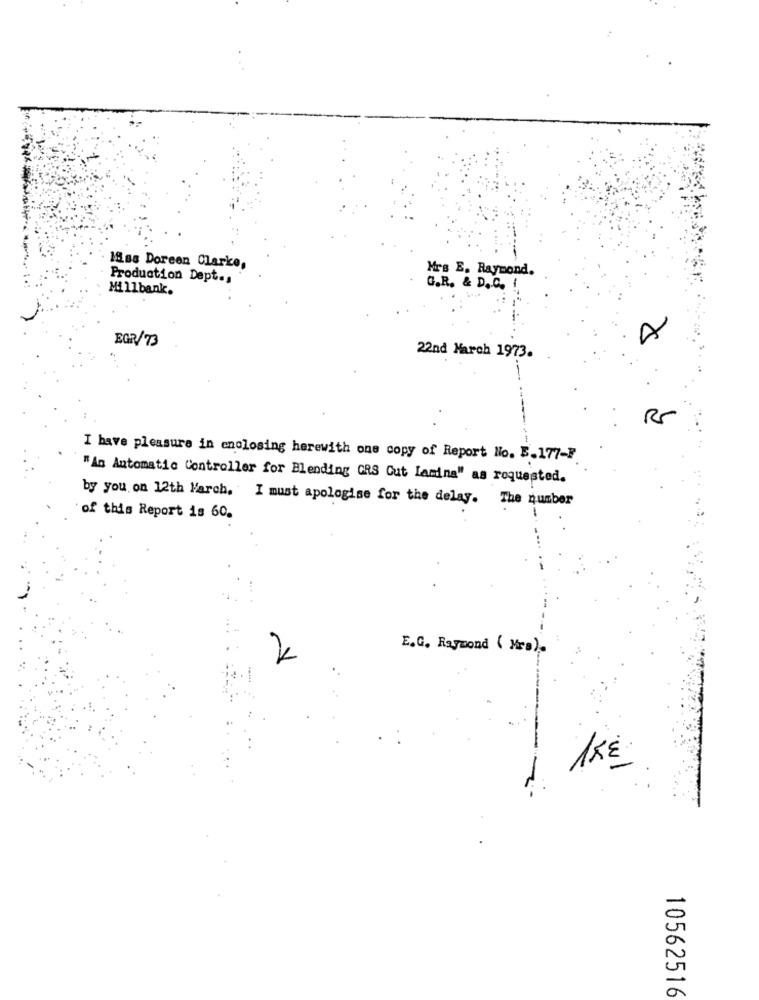
18ss Doreen Clarke,
Mrs E. Raymond.
Production Dept .,
Millbank.
G.R. & D.C.
EGR/73
22nd March 1973.
--
RS
I have pleasure in enolosing herewith one copy of Report No. B.177-F
"An Automatic Controller for Blending GRS Cut Lamina" as requested.
by you on 12th March. I must apologise for the delay. The number
of this Report is 60.
E.G. Raymond ( Mrs).
15€
10562516